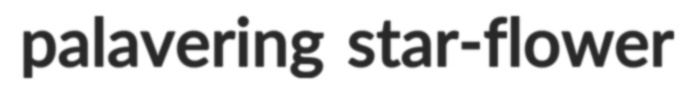
palavering star-flower